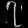
Digit: ၇